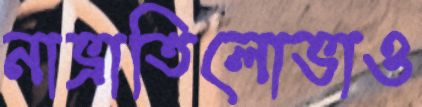
নাভ্রাতিলোভাও